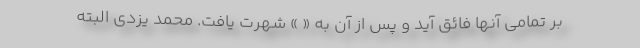
بر تمامی آنها فائق آید و پس از آن به « » شهرت یافت. محمد یزدی البته